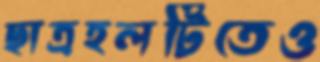
ছাত্রহলটিতেও